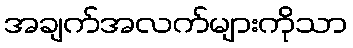
အချက်အလက်များကိုသာ